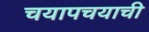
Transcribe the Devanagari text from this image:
चयापचयाची